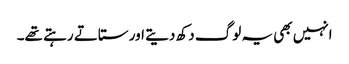
انہیں بھی یہ لوگ دکھ دیتے اور ستاتے رہتے تھے۔